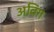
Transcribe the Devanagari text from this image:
अविंग